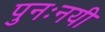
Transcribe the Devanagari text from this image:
पुनःनयी